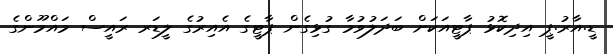
ޑީ.އާރު.ޕީ އިދިކޮޅު ޕާޓީއަކަށް ބަދަލުވުމާ ގުޅިގެން ޕާޓީގެ އެއިރުގެ ލީޑަރ ރައީސް މައްމޫންގެ